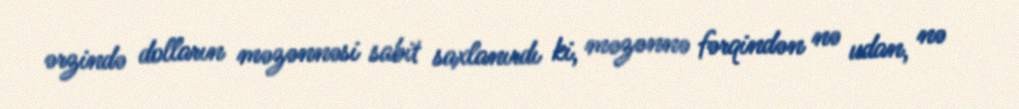
ərzində dolların məzənnəsi sabit saxlanırdı ki, məzənnə fərqindən nə udan, nə